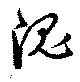
隗